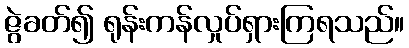
ဇွဲခတ်၍ ရုန်းကန်လှုပ်ရှားကြရသည်။